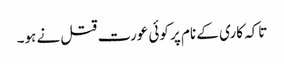
تاکہ کاری کے نام پر کوئی عورت قتل نے ہو۔